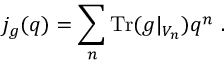
j _ { g } ( q ) = \sum _ { n } \mathrm { T r } ( g | _ { V _ { n } } ) q ^ { n } \ .